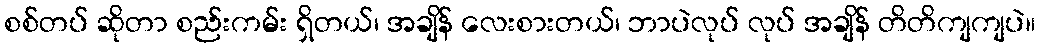
စစ်တပ် ဆိုတာ စည်းကမ်း ရှိတယ်၊ အချိန် လေးစားတယ်၊ ဘာပဲလုပ် လုပ် အချိန် တိတိကျကျပဲ။